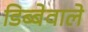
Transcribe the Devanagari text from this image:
डिब्बेवाले